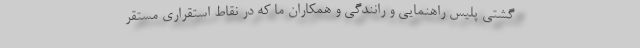
گشتی پلیس راهنمایی و رانندگی و همکاران ما که در نقاط استقراری مستقر